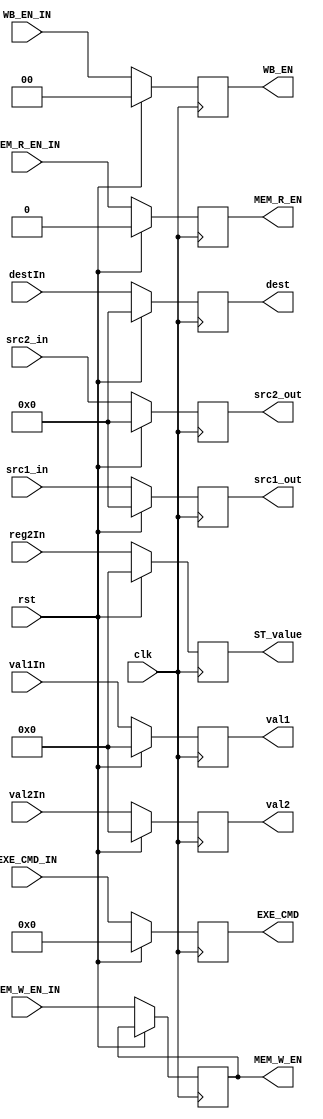

module ID2EXE (clk, rst, destIn, reg2In, val1In, val2In, EXE_CMD_IN, MEM_R_EN_IN, MEM_W_EN_IN, WB_EN_IN, src1_in, src2_in,dest, ST_value, val1,   val2,  EXE_CMD,    MEM_R_EN,    MEM_W_EN,    WB_EN, src1_out, src2_out);

  input clk, rst;
  // TO BE REGISTERED FOR ID STAGE
  input MEM_R_EN_IN, MEM_W_EN_IN;
  input [1:0] WB_EN_IN;
  input [3:0] EXE_CMD_IN;
  input [4:0] destIn, src1_in, src2_in;
  input [31:0] reg2In, val1In, val2In;
  // REGISTERED VALUES FOR ID STAGE
  output reg MEM_R_EN, MEM_W_EN;
  output reg [1:0] WB_EN;
  output reg [3:0] EXE_CMD;
  output reg [4:0] dest, src1_out, src2_out;
  output reg [31:0] ST_value, val1, val2;

  always @ (posedge clk) begin
    if (rst) begin
      {MEM_R_EN, MEM_R_EN, WB_EN, EXE_CMD, dest, ST_value, val1, val2, src1_out, src2_out} <= 0;
    end
    else begin
      MEM_R_EN <= MEM_R_EN_IN;
      MEM_W_EN <= MEM_W_EN_IN;
      WB_EN <= WB_EN_IN;
      EXE_CMD <= EXE_CMD_IN;
      dest <= destIn;
      ST_value <= reg2In;
      val1 <= val1In;
      val2 <= val2In;
      src1_out <= src1_in;
      src2_out <= src2_in;
    end
  end
endmodule // ID2EXE